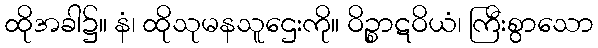
ထိုအခါ၌။ နံ၊ ထိုသုမနသူဌေးကို။ ဝိဉ္စာဋဝိယံ၊ ကြီးစွာသော